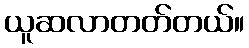
ယူဆလာတတ်တယ်။